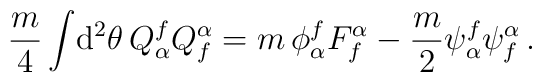
\frac{m}{4}\int\! {\rm d}^2\theta\, Q_\alpha^f Q^\alpha_f=m \,\phi_\alpha^f F^\alpha_f -\frac{m}{2} \psi_\alpha^f\psi^\alpha_f\,.